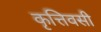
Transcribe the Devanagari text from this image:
कृत्तिवसी